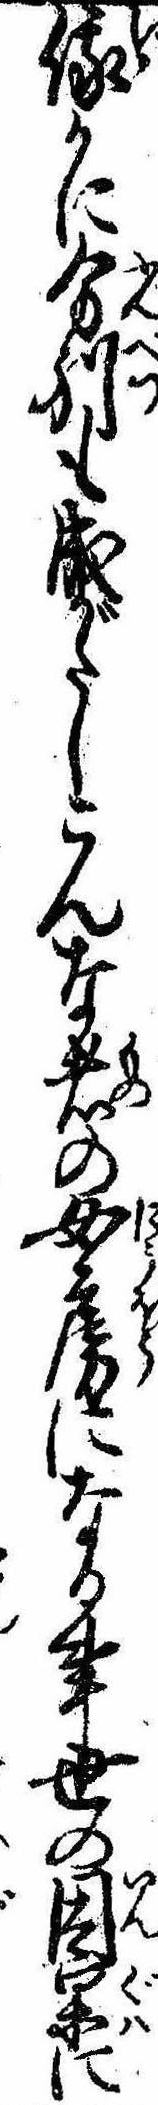
俄かに分別も成がたしこんな者の女房になる事世の因果に